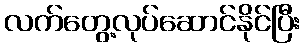
လက်တွေ့လုပ်ဆောင်နိုင်ပြီး